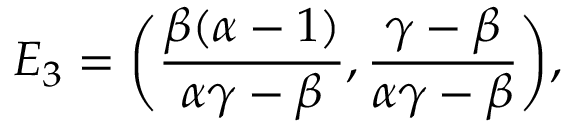
E _ { 3 } = \bigg ( \frac { \beta ( \alpha - 1 ) } { \alpha \gamma - \beta } , \frac { \gamma - \beta } { \alpha \gamma - \beta } \bigg ) ,